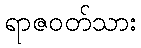
ရာဇဝတ်သား